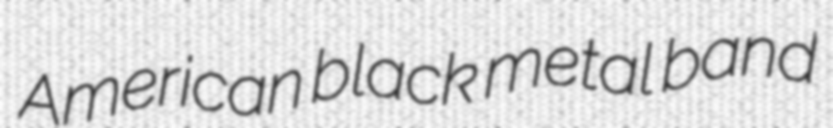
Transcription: American black metal band